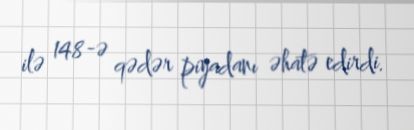
ilə 148-ə qədər piyadanı əhatə edirdi.